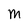
Character: M